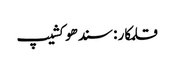
قلمکار : سندھو کشیپ